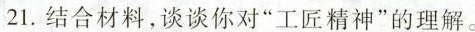
21.结合材料，谈谈你对”工匠精神”的理解。